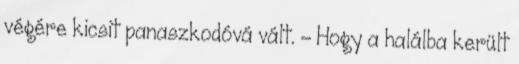
végére kicsit panaszkodóvá vált. - Hogy a halálba került